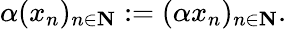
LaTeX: \alpha(x_{n})_{n\in\mathbf{N}}:=(\alpha x_{n})_{n\in\mathbf{N}}.